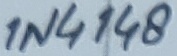
Text: 1N4148